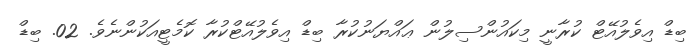
ބިޑް އިވެލުއޭޓް ކުރާނީ މިކައުންސިލުން ޢައްޔަނުކުރާ ބިޑް އިވެލުއޭޓްކުރާ ކޮމެޓީއަކުންނެވެ. 02. ބިޑް